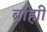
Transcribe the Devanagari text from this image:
ब्राहाी